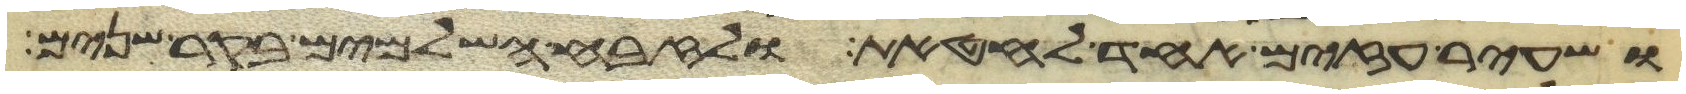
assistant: ושעיר עזים אחד לחטאת ולזבח השלמים בקר שנים